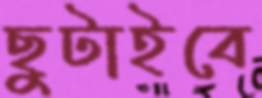
ছুটাইবে